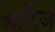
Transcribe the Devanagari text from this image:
आर्टेज